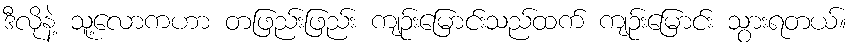
ဒီလိုနဲ့ သူ့လောကဟာ တဖြည်းဖြည်း ကျဉ်းမြောင်းသည်ထက် ကျဉ်းမြောင်း သွားရတယ်။